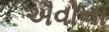
ઐવોના